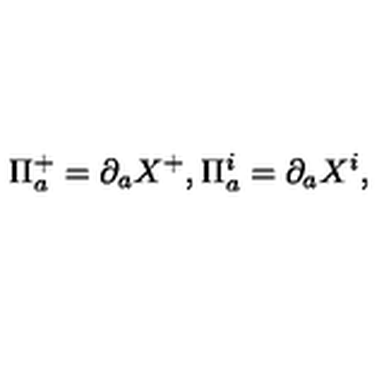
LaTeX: \Pi _ { a } ^ { + } = \partial _ { a } X ^ { + } , \Pi _ { a } ^ { i } = \partial _ { a } X ^ { i } ,